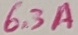
Text: 6.3A